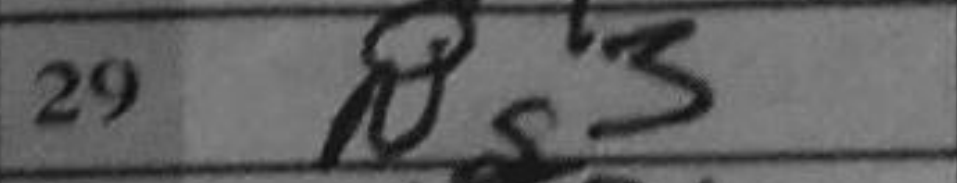
Transcription: Ng3